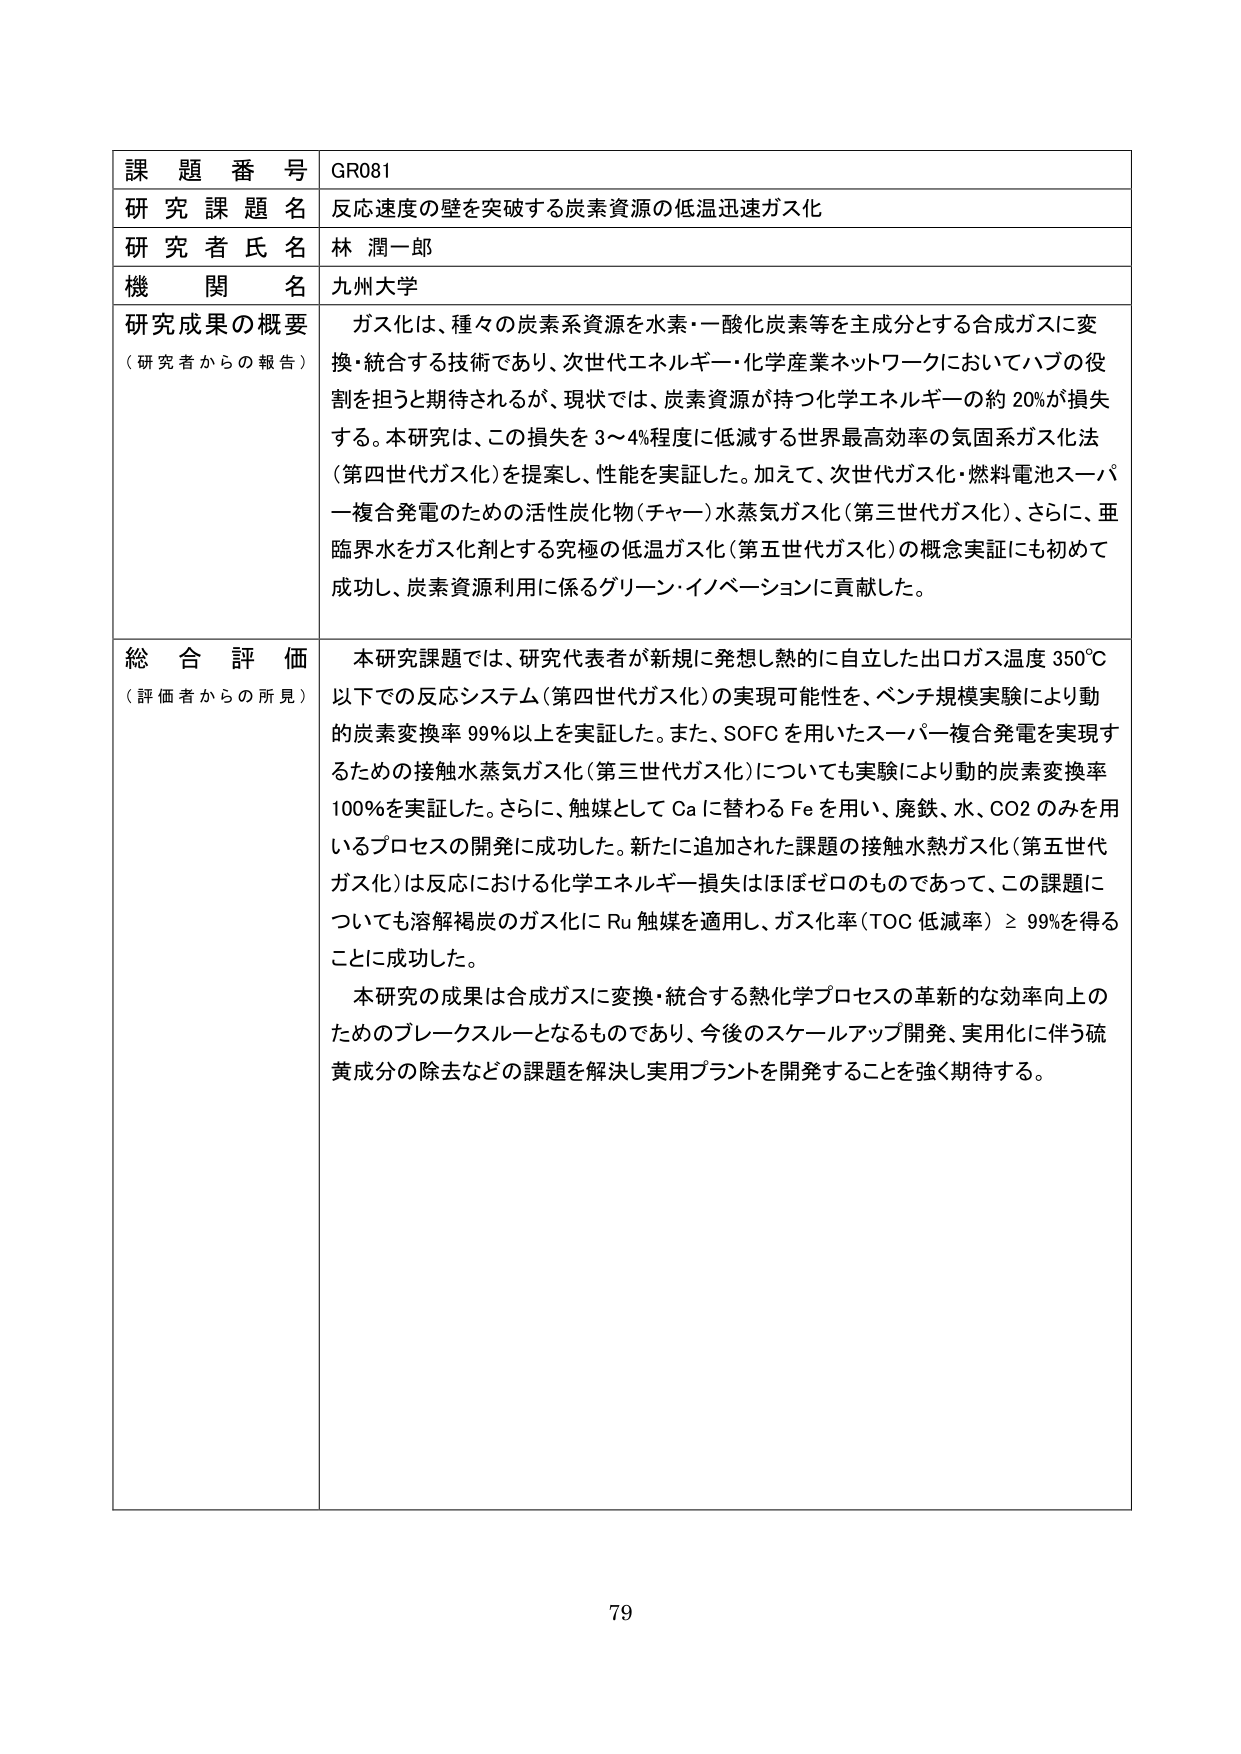
課題番号 GR081
研究課題名 反応速度の壁を突破する炭素資源の低温迅速ガス化
研究者氏名 林潤一郎
機関名 九州大学

研究成果の概要
（研究者からの報告）
ガス化は、種々の炭素系資源を水素・一酸化炭素等を主成分とする合成ガスに変換・統合する技術であり、次世代エネルギー・化学産業ネットワークにおいてハブの役割を担うと期待されるが、現状では、炭素資源が持つ化学エネルギーの約20%が損失する。本研究は、この損失を3～4%程度に低減する世界最高効率の気固系ガス化法（第四世代ガス化）を提案し、性能を実証した。加えて、次世代ガス化・燃料電池スーパーフ複合発電のための活性炭化物（チャー）水蒸気ガス化（第三世代ガス化）、さらに、亜臨界水をガス化剤とする究極の低温ガス化（第五世代ガス化）の概念実証にも初めて成功し、炭素資源利用に係るグリーン・イノベーションに貢献した。

総合評価
（評価者からの所見）
本研究課題では、研究代表者が新規に発想し熱的に自立した出口ガス温度350℃以下の反応システム（第四世代ガス化）の実現可能性を、ベンチ規模実験により動的炭素変換率99%以上を実証した。また、SOFCを用いたスーパーフ複合発電を実現するための接触水蒸気ガス化（第三世代ガス化）についても実験により動的炭素変換率100%を実証した。さらに、触媒としてCaに替わるFeを用い、廃鉄、水、CO2のみを用いるプロセスの開発に成功した。新たに追加された課題の接触水熱ガス化（第五世代ガス化）は反応における化学エネルギー損失はほぼゼロのものであって、この課題についても溶解褐炭のガス化にRu触媒を適用し、ガス化率（TOC低減率）≧99%を得ることに成功した。

本研究の成果は合成ガスに変換・統合する熱化学プロセスの革新的な効率向上のためのブレークスルーとなるものであり、今後のスケールアップ開発、実用化に伴う硫黄成分の除去などの課題を解決し実用プラントを開発することを強く期待する。

79